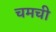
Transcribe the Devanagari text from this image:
चमची